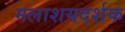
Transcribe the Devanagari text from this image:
मलाशयदर्शक